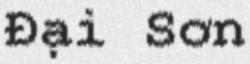
Đại Sơn